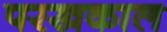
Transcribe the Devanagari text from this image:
परखकाल